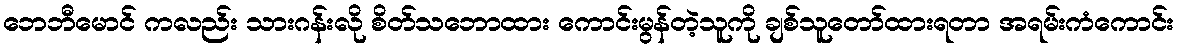
ဘေဘီမောင် ကလည်း သားဂန်းလို စိတ်သဘောထား ကောင်းမွန်တဲ့သူကို ချစ်သူတော်ထားရတာ အရမ်းကံကောင်း